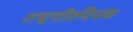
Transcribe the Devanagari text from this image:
राष्ट्रगीतदिनांक